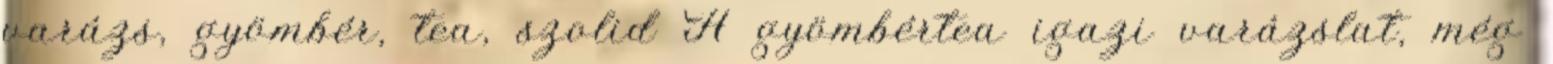
varázs, gyömbér, tea, szolid A gyömbértea igazi varázslat, még